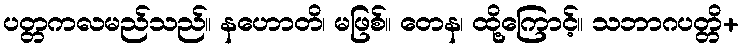
ပတ္တကလမည်သည်။ နဟောတိ၊ မဖြစ်။ တေန၊ ထို့ကြောင့်။ သဘာဂပတ္တိ+